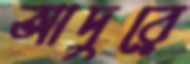
আদুরে